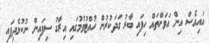
އައިއެސް އިން އަވަށްތައް ހިފައި ބާރު ގަދަކުރުން ހުއްޓުވުމުގައި އިރާގު ސިފައިން ނުކުޅެދިފައި